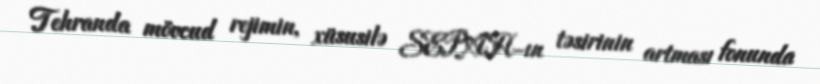
Tehranda mövcud rejimin, xüsusilə SEPAH-ın təsirinin artması fonunda